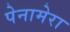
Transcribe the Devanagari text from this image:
पेनामेरा